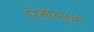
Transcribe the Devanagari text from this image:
रिनोन्सुओ